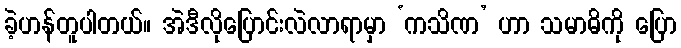
ခဲ့ဟန်တူပါတယ်။ အဲဒီလိုပြောင်းလဲလာရာမှာ ‘ကသိဏ’ ဟာ သမာဓိကို ပြော